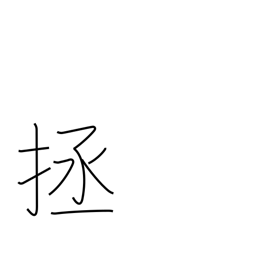
Meaning: help